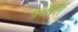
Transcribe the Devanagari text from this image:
पर्वर्ति